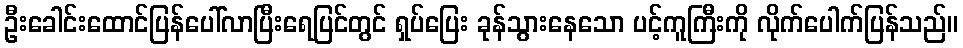
ဦးခေါင်းထောင်ပြန်ပေါ်လာပြီးရေပြင်တွင် ရှပ်ပြေး ခုန်သွားနေသော ပင့်ကူကြီးကို လိုက်ပေါက်ပြန်သည်။